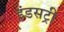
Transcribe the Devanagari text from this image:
इंडसट्री